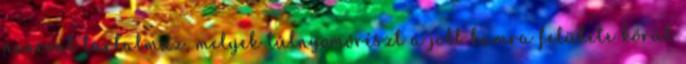
neuront tartalmaz, melyek túlnyomórészt a jobb kamra felülete körül